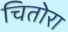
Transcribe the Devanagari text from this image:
चितोरा